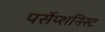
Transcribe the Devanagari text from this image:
पर्सेप्शनिस्ट